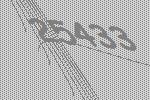
25433